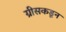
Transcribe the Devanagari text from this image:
ग्रीसकडून